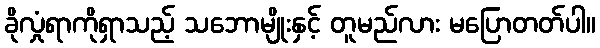
ခိုလှုံရာကိုရှာသည့် သဘောမျိုးနှင့် တူမည်လား မပြောတတ်ပါ။